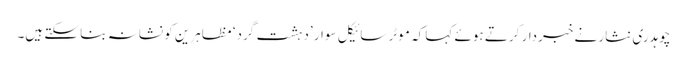
چوہدری نثار نے خبردار کرتے ہوئے کہا کہ موٹر سائیکل سوار ’دہشت گرد‘ مظاہرین کو نشانہ بنا سکتے ہیں۔